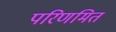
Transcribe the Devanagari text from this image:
परिणमित